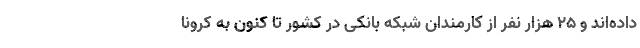
داده‌اند و 25 هزار نفر از کارمندان شبکه بانکی در کشور تا کنون به کرونا